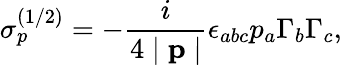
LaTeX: \sigma_{p}^{(1/2)}=-\frac i{4\mid\mathbf{p}\mid}\epsilon_{abc}p_{a}\Gamma_{b}\Gamma_{c},